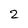
Character: 2